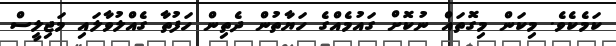
ކަމެކެވެ. މިކަން މިގޮތައް ނުކޮށް ގައުމެއްގެ ހަޔާތުން ދެތިން ހަފުތާ ގެއްލުވާލައި މަޖިލީސް